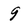
Character: 9